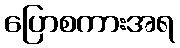
ပြောစကားအရ